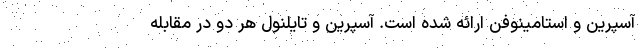
آسپرین و استامینوفن ارائه شده است. آسپرین و تایلنول هر دو در مقابله